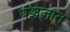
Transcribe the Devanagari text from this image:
पञ्चजात